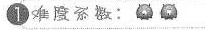
1难度系数：